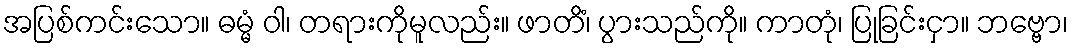
အပြစ်ကင်းသော။ ဓမ္မံ ဝါ၊ တရားကိုမူလည်း။ ဖာတိံ၊ ပွားသည်ကို။ ကာတုံ၊ ပြုခြင်းငှာ။ ဘဗ္ဗော၊